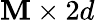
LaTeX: \mathbf{M}\times2d